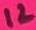
Text: 12